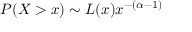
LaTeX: P ( X > x ) \sim L ( x ) x ^ { - ( \alpha - 1 ) }